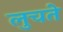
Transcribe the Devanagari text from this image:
लुचते